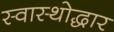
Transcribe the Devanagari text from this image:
स्वास्थोद्धार